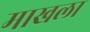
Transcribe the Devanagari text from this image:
माखला